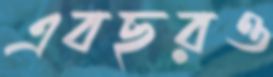
এবছরও